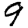
Digit: 9